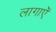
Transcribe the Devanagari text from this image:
लागाएँ